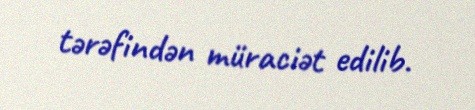
tərəfindən müraciət edilib.